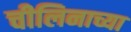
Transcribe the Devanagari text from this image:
चीलिनाच्या